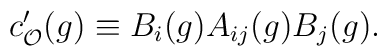
c_{{\cal O}}^{\prime }(g)\equiv B_{i}(g)A_{ij}(g)B_{j}(g).